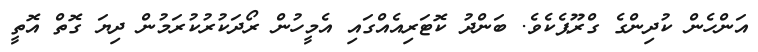
އަންހެން ކުދިންގެ ގްރޫޕެކެވެ. ބަންދު ކޮޓަރިއެއްގައި އެމީހުން ރޯދަކުރުކުރަމުން ދިޔަ ގޮތް އޮތީ